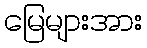
မြေများအား